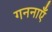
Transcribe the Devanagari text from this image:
गननाएँ